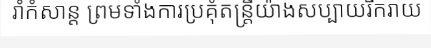
រាំកំសាន្ត ព្រមទាំងការប្រគុំតន្ត្រីយ៉ាងសប្បាយរីករាយ